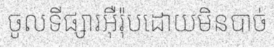
ចូលទីផ្សារអ៊ឺរ៉ុបដោយមិនបាច់